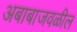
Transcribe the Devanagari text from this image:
अबाबाजवळील